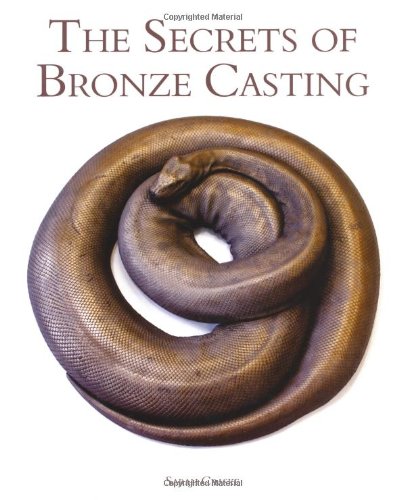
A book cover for The Secrets of Bronze Casting; Sarah Craske; Crafts, Hobbies & Home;